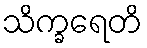
သိက္ခရေတိ